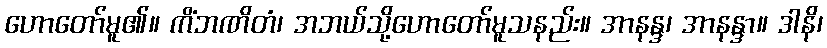
ဟောတော်မူ၏။ ကိံဘဏိတံ၊ အဘယ်သို့ဟောတော်မူသနည်း။ အာနန္ဒ၊ အာနန္ဒာ။ ဒါနိ၊